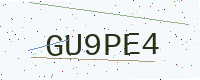
Text: GU9PE4